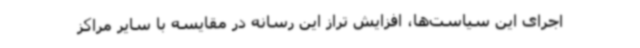
اجرای این سیاست‌ها، افزایش تراز این رسانه در مقایسه با سایر مراکز